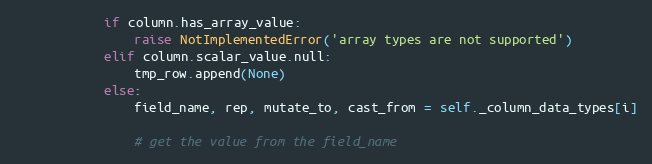
Language: Python
            if column.has_array_value:
                raise NotImplementedError('array types are not supported')
            elif column.scalar_value.null:
                tmp_row.append(None)
            else:
                field_name, rep, mutate_to, cast_from = self._column_data_types[i]

                # get the value from the field_name